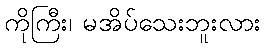
ကိုကြီး၊ မအိပ်သေးဘူးလား